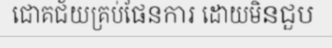
ជោគជ័យគ្រប់ផែនការ ដោយមិនជួប